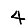
Digit: 4